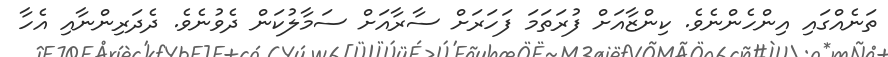
ތަނެއްގައި އިންހެންނެވެ. ކިންޒާއަށް ފުރަތަމަ ފަހަރަށް ސާރާއަށް ސަމާލުކަން ދެވުނެވެ. ދެދަރިންނާއި އެހާ